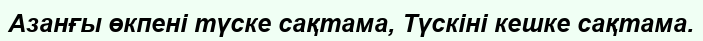
Азанғы өкпені түске сақтама, Түскіні кешке сақтама.